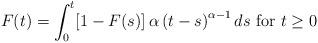
LaTeX: \begin{align*}F(t)=\int_{0}^{t}[1-F(s)]\,\alpha\left( t-s\right) ^{\alpha-1}ds\text{ for }t\geq0\end{align*}